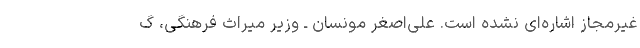
غیرمجاز اشاره‌ای نشده است. علی‌اصغر مونسان ـ وزیر میراث فرهنگی، گ